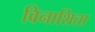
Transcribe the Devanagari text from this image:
विनाशिता